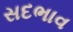
સદભાવ